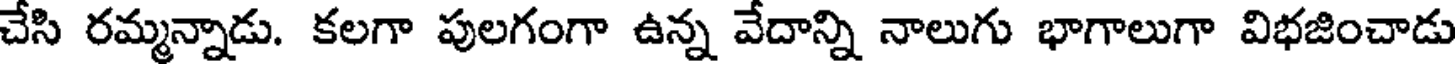
చేసి రమ్మన్నాడు. కలగా పులగంగా ఉన్న వేదాన్ని నాలుగు భాగాలుగా విభజించాడు